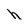
Character: h